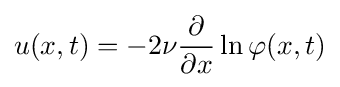
u(x,t)=-2\nu {\frac {\partial }{\partial x}}\ln \varphi (x,t)